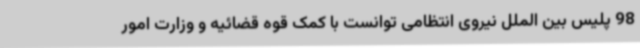
98 پلیس بین الملل نیروی انتظامی توانست با کمک قوه قضائیه و وزارت امور